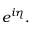
e ^ { i \eta } .